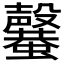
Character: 𣫣